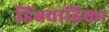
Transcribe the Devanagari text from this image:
डिंबवाहिका